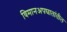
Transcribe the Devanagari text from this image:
विमानअपघातांतील